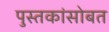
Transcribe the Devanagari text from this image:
पुस्तकांसोबत